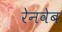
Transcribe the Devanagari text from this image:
रेनवेब